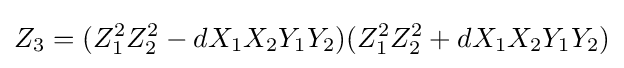
Z_{3}=(Z_{1}^{2}Z_{2}^{2}-dX_{1}X_{2}Y_{1}Y_{2})(Z_{1}^{2}Z_{2}^{2}+dX_{1}X_{2}Y_{1}Y_{2})